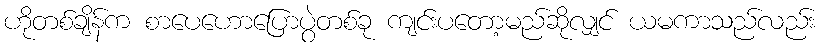
ဟိုတစ်ချိန်က စာပေဟောပြောပွဲတစ်ခု ကျင်းပတော့မည်ဆိုလျှင် ယမကာသည်လည်း